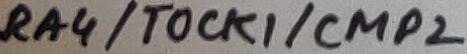
Text: RA5/MCLR/VPP